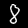
Digit: 8